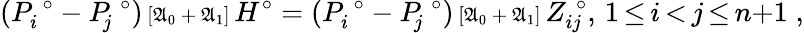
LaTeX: (P_{i}^{\; \circ}-P_{\! j}^{\; \circ}){\scriptstyle{\, [\mathfrak{A}_{0}{\, +\, }\mathfrak{A}_{1}]\, }}H^{\circ}=(P_{i}^{\; \circ}-P_{\! j}^{\; \circ}){\scriptstyle{\, [\mathfrak{A}_{0}{\, +\, }\mathfrak{A}_{1}]}}\, Z_{ij}^{\; \circ},\, 1{\, \le\, }i{\, <\, }j{\, \le\, }n{+}1\; ,